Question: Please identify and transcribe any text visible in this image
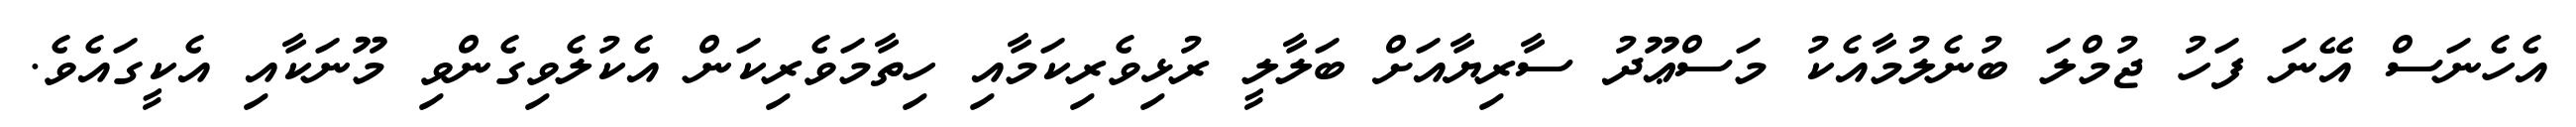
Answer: އެހެނަސް އޭނަ ފަހު ޖުމްލަ ބުނެލުމާއެކު މަސްޢޫދު ސާރިޔާއަށް ބަލާލީ ރުޅިވެރިކަމާއި ހިތާމަވެރިކަން އެކުލެވިގެންވި މޫނަކާއި އެކީގައެވެ.